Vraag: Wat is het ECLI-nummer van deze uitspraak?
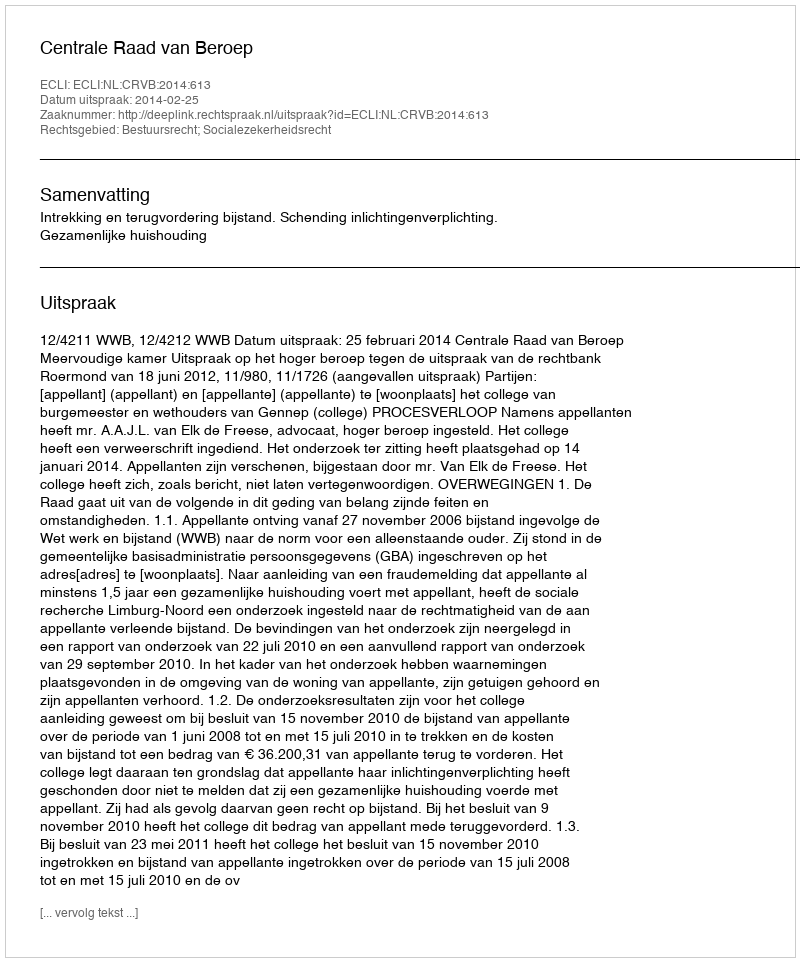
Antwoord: ECLI:NL:CRVB:2014:613